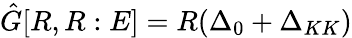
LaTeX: \hat{G}[R,R:E]=R(\Delta_{0}+\Delta_{KK})